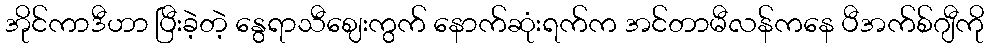
အိုင်ကာဒီဟာ ပြီးခဲ့တဲ့ နွေရာသီဈေးကွက် နောက်ဆုံးရက်က အင်တာမီလန်ကနေ ပီအက်စ်ဂျီကို